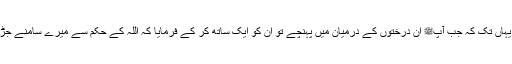
وہ بھی اسی طرح آپﷺ کے تابع ہو گیا یہاں تک کہ جب آپﷺ ان درختوں کے درمیان میں پہنچے تو ان کو ایک ساتھ کر کے فرمایا کہ اللہ کے حکم سے میرے سامنے جڑ جاؤ، چنانچہ وہ دونوں درخت جڑ گئے۔